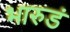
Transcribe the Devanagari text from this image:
भारुडं